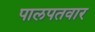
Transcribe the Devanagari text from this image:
पालपतवार